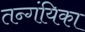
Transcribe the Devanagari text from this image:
तन्गंयिका